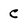
Character: C